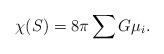
LaTeX: \begin{align*}\chi(S)=8\pi\sum G\mu_i.\end{align*}